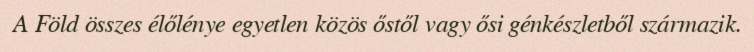
A Föld összes élőlénye egyetlen közös őstől vagy ősi génkészletből származik.